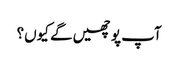
آپ پوچھیں گے کیوں؟